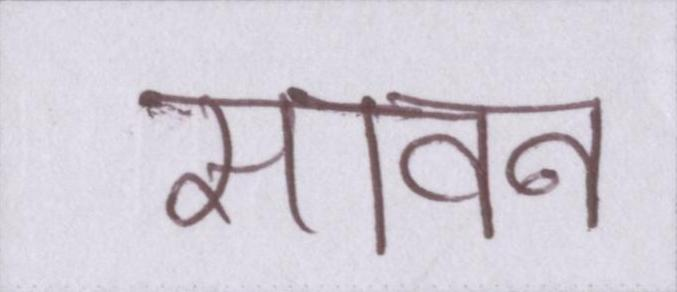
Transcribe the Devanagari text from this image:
सावन